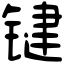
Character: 键